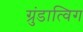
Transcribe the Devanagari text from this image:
ग्रुंडात्विग